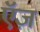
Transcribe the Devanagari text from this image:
ऍज़